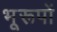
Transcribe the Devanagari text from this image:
भूरूपों